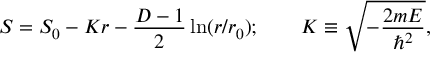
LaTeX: S = S _ { 0 } - K r - { \frac { D - 1 } { 2 } } \ln ( r / r _ { 0 } ) ; \qquad K \equiv \sqrt { - { \frac { 2 m E } { \hbar ^ { 2 } } } } ,